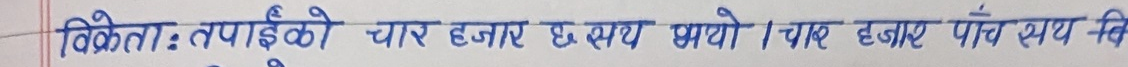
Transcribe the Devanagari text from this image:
विक्रेता: तपाईंको चार हजार छ सय भयो। चार हजार पाँच सय वि